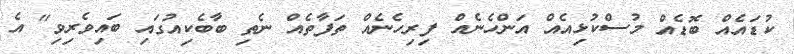
ކުޑައެއް ބޮޑެއް މުސްކުޅިއެއް އަންހެނެއް ފިރިހެނެއް ތަފާތެއް ނެތި ބާބެކިއުގައި ބައިވެރިވި" އެ